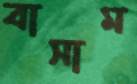
বাসাম